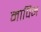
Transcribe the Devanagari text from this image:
मापिन